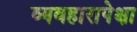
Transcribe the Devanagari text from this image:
व्यवहारापेक्षा